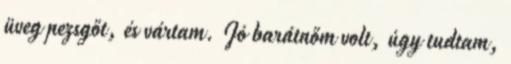
üveg pezsgőt, és vártam. Jó barátnőm volt, úgy tudtam,